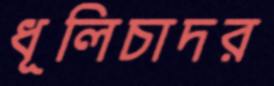
ধূলিচাদর